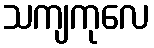
သကျကုလေ